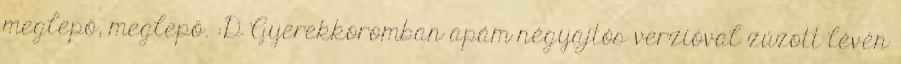
meglepő, meglepő. :D Gyerekkoromban apám négyajtós verzióval zúzott lévén